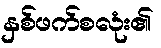
နှစ်ဖက်စလုံး၏